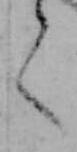
く